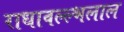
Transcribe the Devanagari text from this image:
राधावल्ल्भलाल